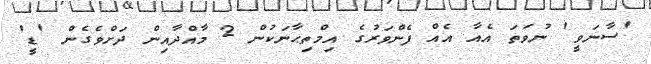
'ސާނަވީ' ނުވަތަ އެއާ އެއް ފެންވަރުގެ އިމްތިޙާނަކުން 2 މާއްދާއިން ދަށްވެގެން 'ޑީ'